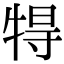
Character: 𤙰